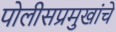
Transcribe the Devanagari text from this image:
पोलीसप्रमुखांचे